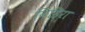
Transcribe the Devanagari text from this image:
विहिरा